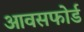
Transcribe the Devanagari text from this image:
आवसफोर्ड